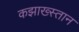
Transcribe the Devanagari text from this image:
कझाख्स्तान